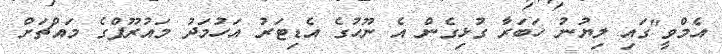
އެމްވީ"ގައި ލިޔުނު ހަބަރާ ގުޅިގެން އެ ނޫހުގެ އެޑިޓަރު އަހުމަދު މައުރޫފްގެ މައްޗަށް